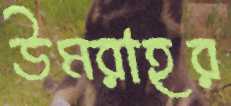
উমরাহর